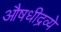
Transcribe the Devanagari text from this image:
औषधीद्रव्ये